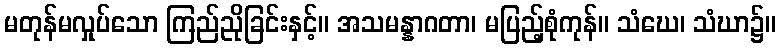
မတုန်မလှုပ်သော ကြည်ညိုခြင်းနှင့်။ အသမန္နာဂတာ၊ မပြည့်စုံကုန်။ သံဃေ၊ သံဃာ၌။